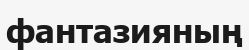
фантазияның